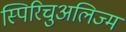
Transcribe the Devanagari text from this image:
स्पिरिचुअलिज्म